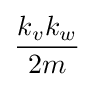
{\frac {k_{v}k_{w}}{2m}}